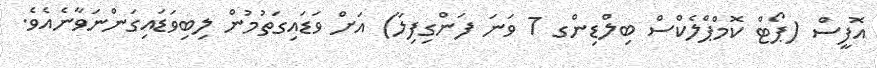
އޮފީސް (ޕޯޓް ކޮމްޕްލެކްސް ބިލްޑިންގ 7 ވަނަ ފަންގިފިލާ) އަށް ވަޑައިގަތުމުން ލިބިވަޑައިގަންނަވާނެއެވެ.